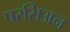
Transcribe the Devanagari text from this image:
परसिअन